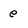
Character: e